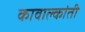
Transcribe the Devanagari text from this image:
कावाल्कांती